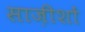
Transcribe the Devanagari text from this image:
साज़ीशों